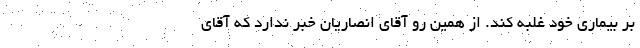
بر بیماری خود غلبه کند. از همین رو آقای انصاریان خبر ندارد که آقای